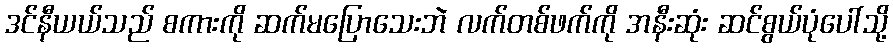
ဒင်နီယယ်သည် စကားကို ဆက်မပြောသေးဘဲ လက်တစ်ဖက်ကို အနီးဆုံး ဆင်စွယ်ပုံပေါ်သို့